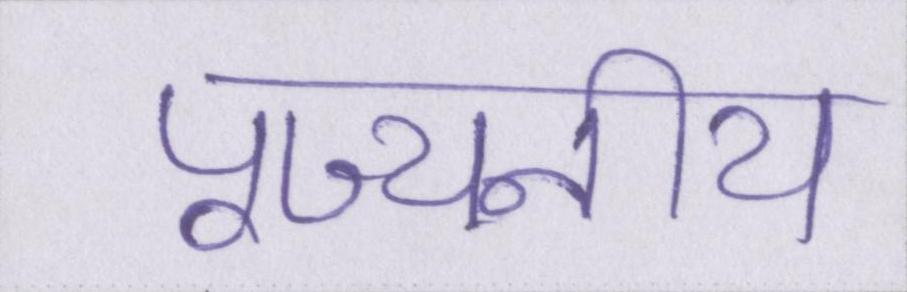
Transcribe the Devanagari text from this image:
पूज्यनीय